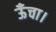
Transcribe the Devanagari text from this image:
ऊँचा।